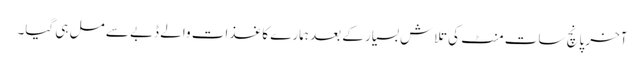
آخر پانچ سات منٹ کی تلاش بسیار کے بعد ہمارے کاغذات والے ڈبے سے مل ہی گیا۔